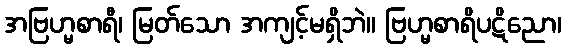
အဗြဟ္မစာရီ၊ မြတ်သော အကျင့်မရှိဘဲ။ ဗြဟ္မစာရိပဋိညော၊